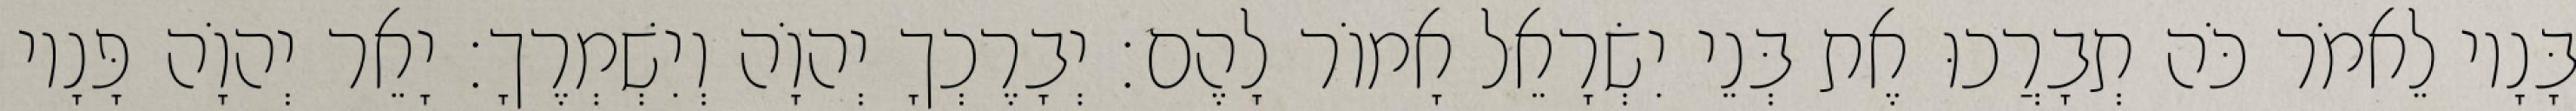
בָּנָיו לֵאמֹר כֹּה תְבָרֲכוּ אֶת בְּנֵי יִשְׂרָאֵל אָמוֹר לָהֶם׃ יְבָרֶכְךָ יְהוָֹה וְיִשְׁמְרֶךָ׃ יָאֵר יְהוָֹה פָּנָיו